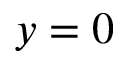
y = 0